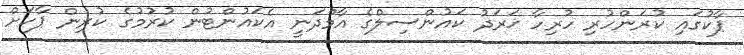
ޕާކުގައި ކުރަންހުރި ހުރިހާ ޚަރަދު ކައުންސިލްގެ އާމްދަނީ އެކައުންޓުން ކުރުމުގެ ކުރިން ޕާކަށް